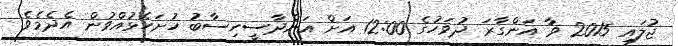
ޖުލައި 2015 ވާ އަންގާރަ ދުވަހުގެ 12:00 އަށް އަންދާސީހިސާބު ހުށަހެޅުއްވުން އެދެމެވެ.